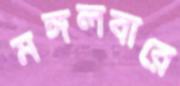
মঙ্গলবারে